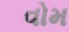
વોમ